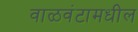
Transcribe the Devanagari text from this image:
वाळवंटामधील